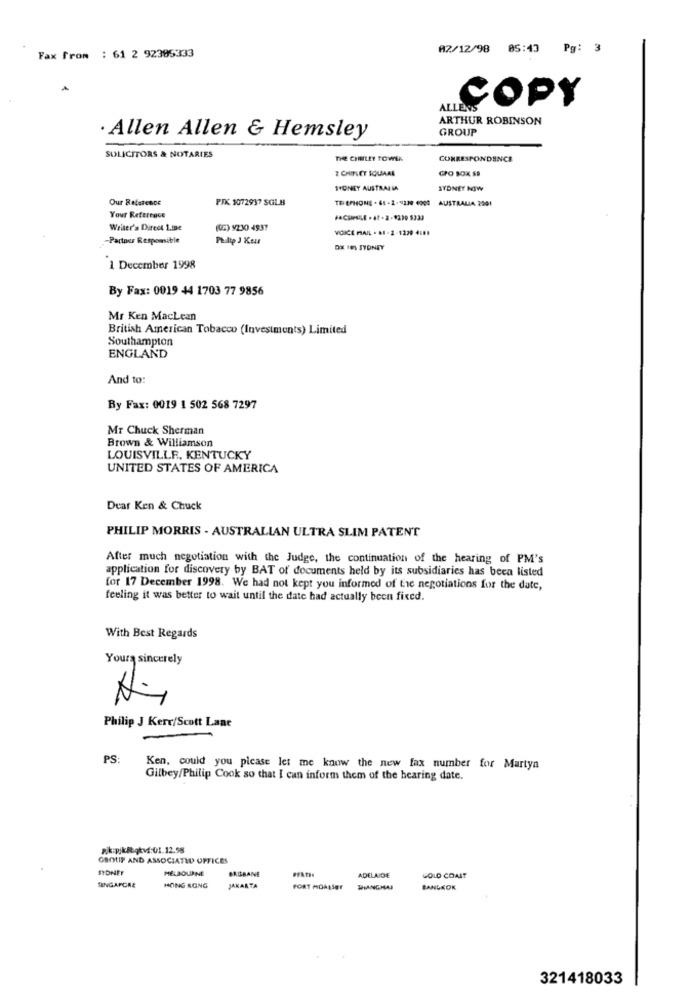
Fax from : 61 2 92395333
02/12/98 05:43 Pg: 3
ALLENS
COPY
ARTHUR ROBINSON
GROUP
· Allen Allen & Hemsley
SOLICITORS & NOTARIES
THE CHRILEY TOWER
CORRESPONDENCE
2 CHIPLEY SQUARE
GPO SOX SD
SYDNEY AUSTRALIA
SYDNEY NOW
Our Reference
PIK 1072937 SGLB
TE EPHONE - 61 -2-1230 4000 AUSTRALIA 2001
Your Reference
FACHPLE -47-2-9330 5333
Writer's Direct Line
(02) 9230 4937
VOICE MAIL . 81 - 2-1220 4181
-Partour Responsible
Philip J Kou
DX IN SYDNEY
1 December 1998
By Fax: 0019 44 1703 77 9856
Mr Ken Maclean
British American Tobacco (Investments) Limited
Southampton
ENGLAND
And to:
By Fax: 0019 1 502 568 7297
Mr Chuck Sherman
Brown & Williamson
LOUISVILLE, KENTUCKY
UNITED STATES OF AMERICA
Dear Ken & Chuck
PHILIP MORRIS - AUSTRALIAN ULTRA SLIM PATENT
After much negotiation with the Judge, the continuation of the hearing of PM's
application for discovery by BAT of documents held by its subsidiaries has been listed
for 17 December 1998. We had not kept you informed of the negotiations for the date,
feeling it was better to wait until the date had actually been fixed.
With Best Regards
Yours sincerely
Philip J Kerr/Scott Lane
PS:
Ken, could you please let me know the new fax number for Martyn
Gilbey/Philip Cook so that I can inform them of the hearing date.
GROUP AND ASSOCIATED OFFICES
SYDNEY
MELBOURNE
BAUBANE
ADELAIDE
GOLD COAST
SINGAPORE
HONG KONG
JAKARTA
PORT MORESET
WANGHAI
BANGKOK
321418033